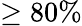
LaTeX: \ge 80\%